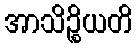
အာသိဉ္စိယတိ